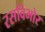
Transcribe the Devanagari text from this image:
रसविभोर